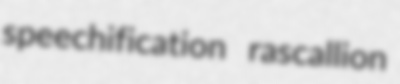
speechification rascallion